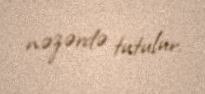
nəzərdə tutulur.